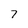
Character: 7